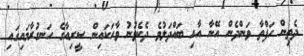
ދެތިން ހަފްތާ ވަންދެން އޭނާ އާއި ބައްދަލުވެ ދެކެވުނު ވާހަކައިން ސީރިއާގެ ހަނގުރާމައިގައި